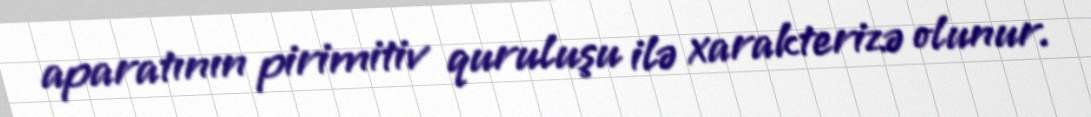
aparatının pirimitiv quruluşu ilə xarakterizə olunur.